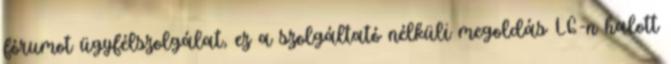
fórumot ügyfélszolgálat, ez a szolgáltató nélküli megoldás LG-n halott